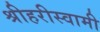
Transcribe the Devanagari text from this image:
श्रीहरीस्वामी